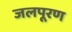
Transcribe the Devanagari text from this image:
जलपूरण